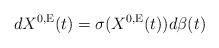
LaTeX: \begin{align*}dX^{0,{\rm E}}(t)=\sigma(X^{0,{\rm E}}(t))d\beta(t)\end{align*}